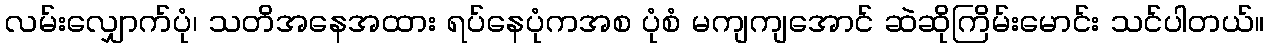
လမ်းလျှောက်ပုံ၊ သတိအနေအထား ရပ်နေပုံကအစ ပုံစံ မကျကျအောင် ဆဲဆိုကြိမ်းမောင်း သင်ပါတယ်။